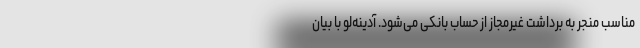
مناسب منجر به برداشت غیرمجاز از حساب بانکی می‌شود. آدینه‌لو با بیان